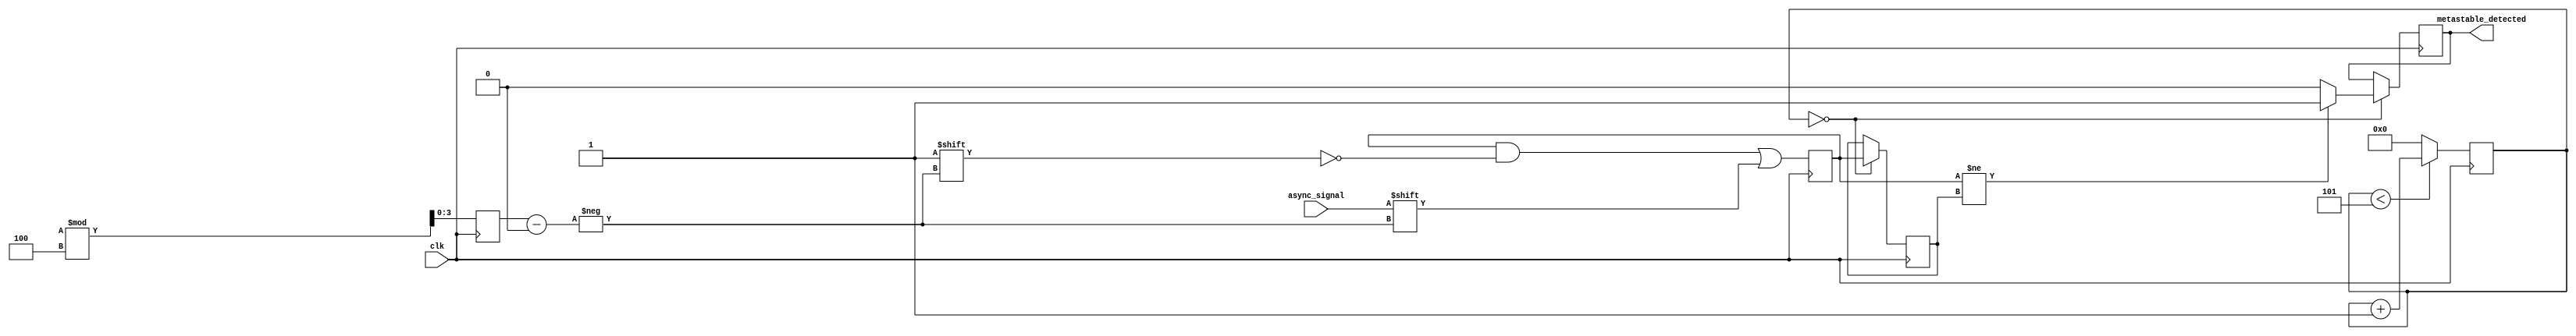
module metastability_detector #(
    parameter NUM_SAMPLES = 4, // Number of sampling flip-flops
    parameter CLOCK_FREQ = 50,  // Clock frequency in MHz
    parameter DEBOUNCE_TIME = 5  // Debounce time in clock cycles
)(
    input wire clk,              // Clock input
    input wire async_signal,     // Asynchronous input signal
    output reg metastable_detected // Output signal indicating metastability
);

    // Sampling flip-flops
    reg [NUM_SAMPLES-1:0] sampled_signals;
    reg [NUM_SAMPLES-1:0] sampled_signals_prev;
    reg [NUM_SAMPLES-1:0] random_select;
    reg [NUM_SAMPLES-1:0] debounce_counter;

    // Random sampling mechanism
    always @(posedge clk) begin
        // Randomly select one of the flip-flops to sample the async signal
        random_select <= $random % NUM_SAMPLES; // Random selection logic

        // Sample the async signal into the flip-flops
        sampled_signals[random_select] <= async_signal;

        // Debounce logic
        if (debounce_counter < DEBOUNCE_TIME) begin
            debounce_counter <= debounce_counter + 1;
        end else begin
            debounce_counter <= 0;
        end
    end

    // Metastability detection logic
    always @(posedge clk) begin
        // Check for discrepancies between sampled signals
        if (debounce_counter == 0) begin
            sampled_signals_prev <= sampled_signals;
            // Check if any sampled signal differs from the previous state
            if (sampled_signals != sampled_signals_prev) begin
                metastable_detected <= 1'b1; // Metastability detected
            end else begin
                metastable_detected <= 1'b0; // No metastability detected
            end
        end
    end

endmodule